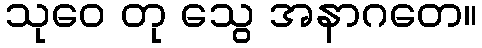
သုဝေ တု သွေ အနာဂတေ။